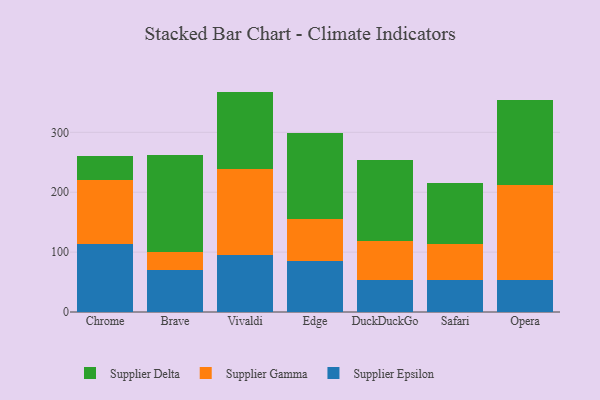
{"axis": {"x": "Browser", "y": "Gross Profit (USD K)"}, "legend": ["Supplier Delta", "Supplier Epsilon", "Supplier Gamma"], "data": [{"x": "Chrome", "y": 113.7, "type": "Supplier Epsilon"}, {"x": "Chrome", "y": 106.0, "type": "Supplier Gamma"}, {"x": "Chrome", "y": 40.0, "type": "Supplier Delta"}, {"x": "Brave", "y": 70.0, "type": "Supplier Epsilon"}, {"x": "Brave", "y": 29.6, "type": "Supplier Gamma"}, {"x": "Brave", "y": 162.1, "type": "Supplier Delta"}, {"x": "Vivaldi", "y": 95.3, "type": "Supplier Epsilon"}, {"x": "Vivaldi", "y": 143.3, "type": "Supplier Gamma"}, {"x": "Vivaldi", "y": 129.4, "type": "Supplier Delta"}, {"x": "Edge", "y": 85.7, "type": "Supplier Epsilon"}, {"x": "Edge", "y": 70.1, "type": "Supplier Gamma"}, {"x": "Edge", "y": 142.9, "type": "Supplier Delta"}, {"x": "DuckDuckGo", "y": 53.5, "type": "Supplier Epsilon"}, {"x": "DuckDuckGo", "y": 64.9, "type": "Supplier Gamma"}, {"x": "DuckDuckGo", "y": 135.8, "type": "Supplier Delta"}, {"x": "Safari", "y": 53.6, "type": "Supplier Epsilon"}, {"x": "Safari", "y": 60.1, "type": "Supplier Gamma"}, {"x": "Safari", "y": 101.0, "type": "Supplier Delta"}, {"x": "Opera", "y": 54.1, "type": "Supplier Epsilon"}, {"x": "Opera", "y": 158.5, "type": "Supplier Gamma"}, {"x": "Opera", "y": 141.0, "type": "Supplier Delta"}]}